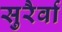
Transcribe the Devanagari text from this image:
सुरैर्वा